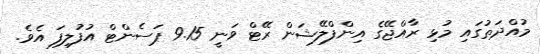
މުއްދަތުގައި މުޅި ރާއްޖޭގެ އިންފްލޭޝަން ރޭޓް ވަނީ 9.15 ޕަސެންޓް އުފުލިފަ އެވެ.